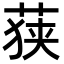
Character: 𮏶